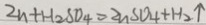
2 n + H _ { 2 } S O _ { 4 } = 2 n S O _ { 4 } + H _ { 2 } \uparrow